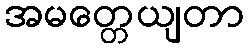
အမတ္တေယျတာ